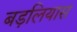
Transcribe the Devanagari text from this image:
बड़लियास